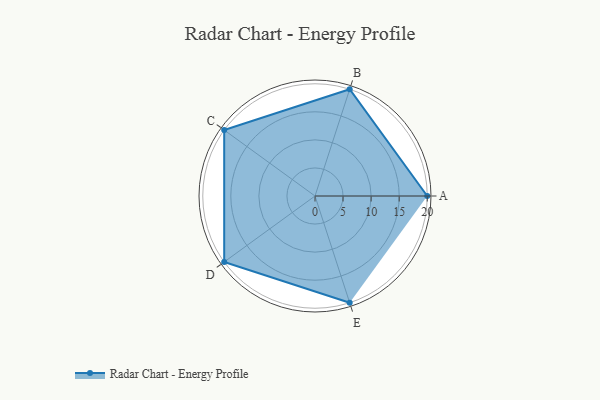
{"axis": {"x": "Skill", "y": "Score"}, "legend": ["Profile"], "data": [{"x": "A", "y": 20, "type": "Profile"}, {"x": "B", "y": 20, "type": "Profile"}, {"x": "C", "y": 20, "type": "Profile"}, {"x": "D", "y": 20, "type": "Profile"}, {"x": "E", "y": 20, "type": "Profile"}]}